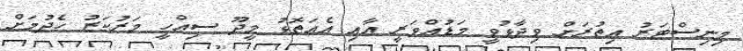
މިނިސްޓަރު އިތުރަށް ވިދާޅުވީ މަޑުއްވަރީ އާއި އެއަތޮޅު މީދޫ ސިއްހީ މަރުކަޒު ހެދުމަށް